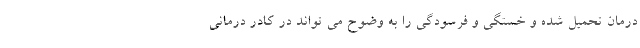
درمان تحمیل شده و خستگی و فرسودگی را به وضوح می تواند در کادر درمانی